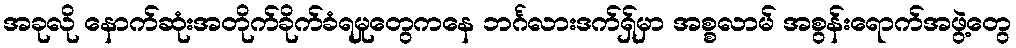
အခုလို နောက်ဆုံးအတိုက်ခိုက်ခံရမှုတွေကနေ ဘင်္ဂလားဒက်ရှ်မှာ အစ္စလာမ် အစွန်းရောက်အဖွဲ့တွေ